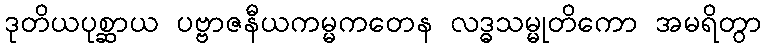
ဒုတိယပုစ္ဆာယ ပဗ္ဗာဇနီယကမ္မကတေန လဒ္ဓသမ္မုတိကော အမရိတွာ